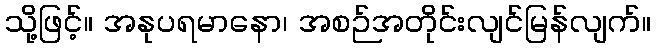
သို့ဖြင့်။ အနုပရမာနော၊ အစဉ်အတိုင်းလျင်မြန်လျက်။